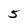
Character: 5